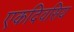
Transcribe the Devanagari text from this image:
एकदिवसिय